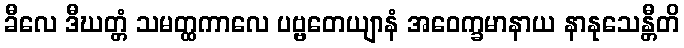
ခီလေ ဒီဃတ္တံ သမတ္ထကာလေ ပဗ္ဗတေယျာနံ အဝေက္ခမာနာယ နာနုသေန္တီတိ